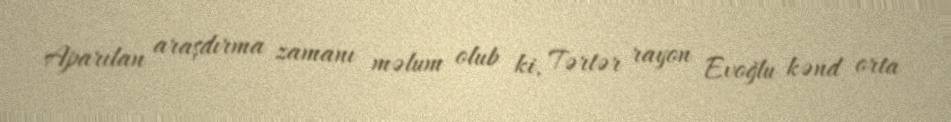
Aparılan araşdırma zamanı məlum olub ki, Tərtər rayon Evoğlu kənd orta